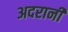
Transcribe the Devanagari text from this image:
अदरानी